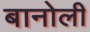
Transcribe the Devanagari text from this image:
बानोली